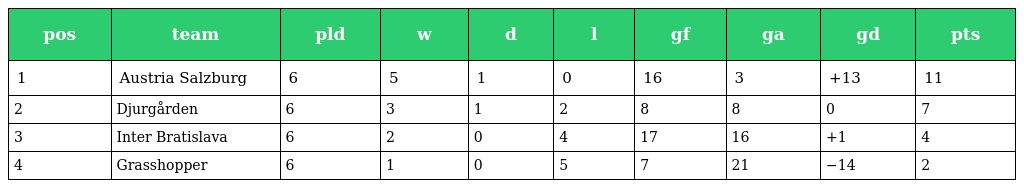
| pos | team | pld | w | d | l | gf | ga | gd | pts |
 | --- | --- | --- | --- | --- | --- | --- | --- | --- | --- |
 | 1 | Austria Salzburg | 6 | 5 | 1 | 0 | 16 | 3 | +13 | 11 |
 | 2 | Djurgården | 6 | 3 | 1 | 2 | 8 | 8 | 0 | 7 |
 | 3 | Inter Bratislava | 6 | 2 | 0 | 4 | 17 | 16 | +1 | 4 |
 | 4 | Grasshopper | 6 | 1 | 0 | 5 | 7 | 21 | −14 | 2 |